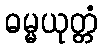
ဓမ္မယုတ္တံ